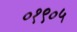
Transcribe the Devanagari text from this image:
०१९०५